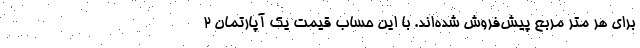
برای هر متر مربع پیش‌فروش شده‌اند. با این حساب قیمت یک آپارتمان ۲